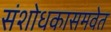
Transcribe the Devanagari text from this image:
संशोधकासमवेत